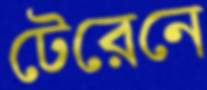
টেরেনে